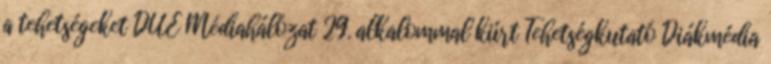
a tehetségeket DUE Médiahálózat 29. alkalommal kiírt Tehetségkutató Diákmédia